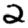
Digit: 2